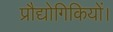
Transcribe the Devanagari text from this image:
प्रौद्योगिकियों।